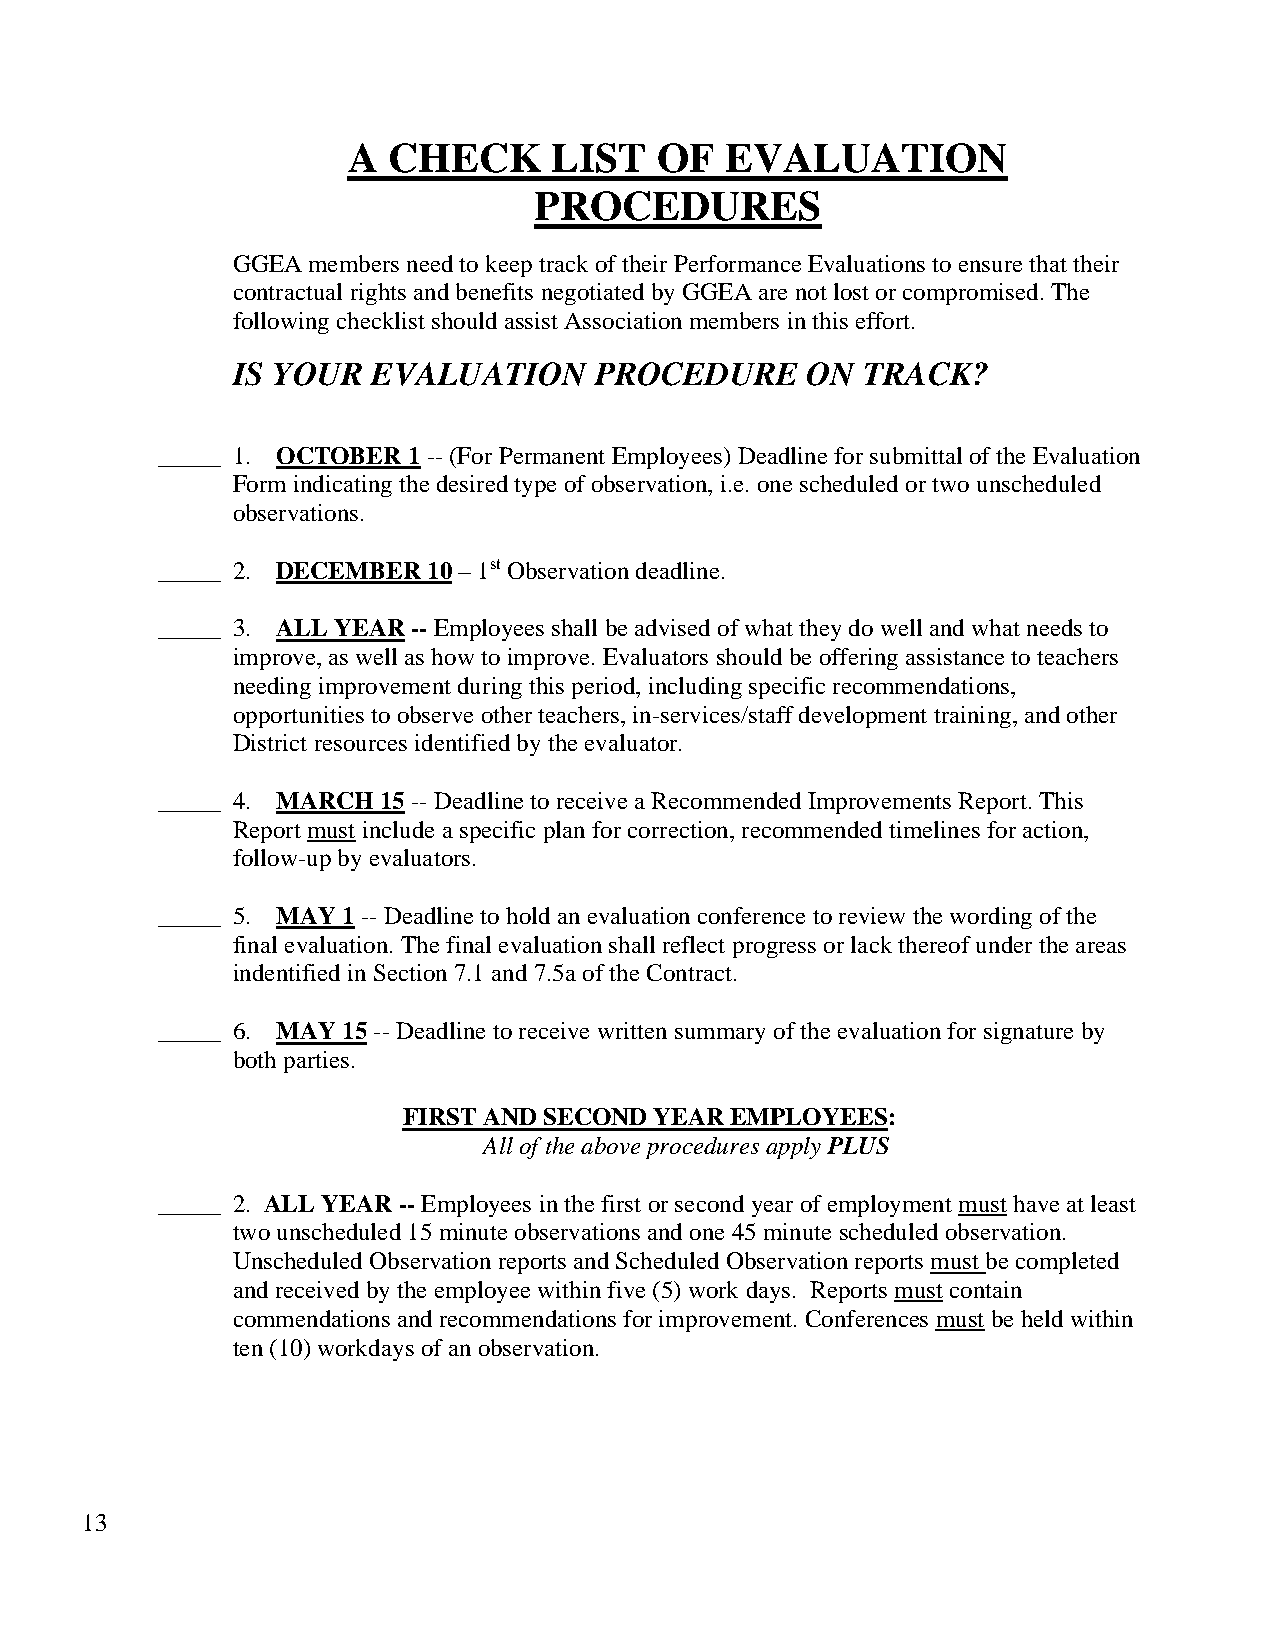
A  CHECK      LIST  OF   EVALUATION
 PROCEDURES
 GGEA members need to keep track of their Performance Evaluations to ensure that their
 contractual rights and benefits negotiated by GGEA are not lost or compromised. The
 following checklist should assist Association members in this effort.
 IS YOUR   EVALUATION    PROCEDURE     ON  TRACK?
 _____ 1. OCTOBER 1 -- (For Permanent Employees) Deadline for submittal of the Evaluation
 Form indicating the desired type of observation, i.e. one scheduled or two unscheduled
 observations.
 _____ 2. DECEMBER 10 – 1st Observation deadline.
 _____ 3. ALL YEAR -- Employees shall be advised of what they do well and what needs to
 improve, as well as how to improve. Evaluators should be offering assistance to teachers
 needing improvement during this period, including specific recommendations,
 opportunities to observe other teachers, in-services/staff development training, and other
 District resources identified by the evaluator.
 _____ 4. MARCH 15 -- Deadline to receive a Recommended Improvements Report. This
 Report must include a specific plan for correction, recommended timelines for action,
 follow-up by evaluators.
 _____ 5. MAY 1 -- Deadline to hold an evaluation conference to review the wording of the
 final evaluation. The final evaluation shall reflect progress or lack thereof under the areas
 indentified in Section 7.1 and 7.5a of the Contract.
 _____ 6. MAY 15 -- Deadline to receive written summary of the evaluation for signature by
 both parties.
 FIRST AND SECOND YEAR EMPLOYEES:
 All of the above procedures apply PLUS
 _____ 2. ALL YEAR -- Employees in the first or second year of employment must have at least
 two unscheduled 15 minute observations and one 45 minute scheduled observation.
 Unscheduled Observation reports and Scheduled Observation reports must be completed
 and received by the employee within five (5) work days. Reports must contain
 commendations and recommendations for improvement. Conferences must be held within
 ten (10) workdays of an observation.
 13